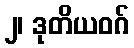
၂၊ ဒုတိယဝဂ်